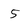
Character: 5